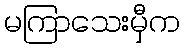
မကြာသေးမှီက